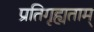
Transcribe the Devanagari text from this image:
प्रतिगृह्यताम्